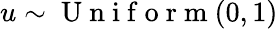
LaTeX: u\sim\mathrm{~U~n~i~f~o~r~m~}(0,1)